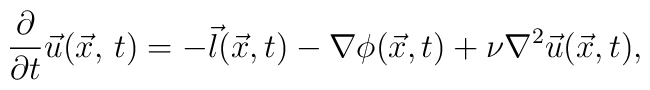
{{\partial}\over {\partial t}}\vec u(\vec x,\,t)=-\vec l(\vec x,t) -\nabla\phi(\vec x,t) +\nu \nabla^2 \vec u(\vec x,t),